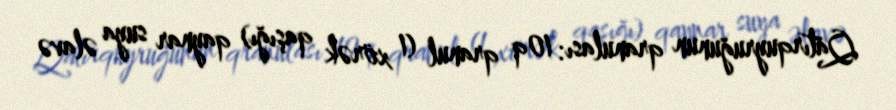
Qatırquyruğunun qranulası: 10q qranul (1 xörək qaşığı) qaynar suya əlavə